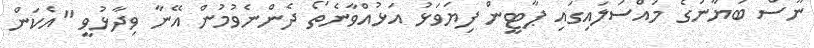
ނޫސް ބަޔާނުގެ މައްސަލައިގައި ޕާޓީން ފިޔަވަޅު އަޅުއްވާނެތޯ ދެންނެވުމުން އޭނާ ވިދާޅުވީ "އެކަން